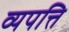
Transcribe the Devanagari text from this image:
व्यपत्ति